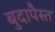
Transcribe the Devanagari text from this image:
बुदापैस्त